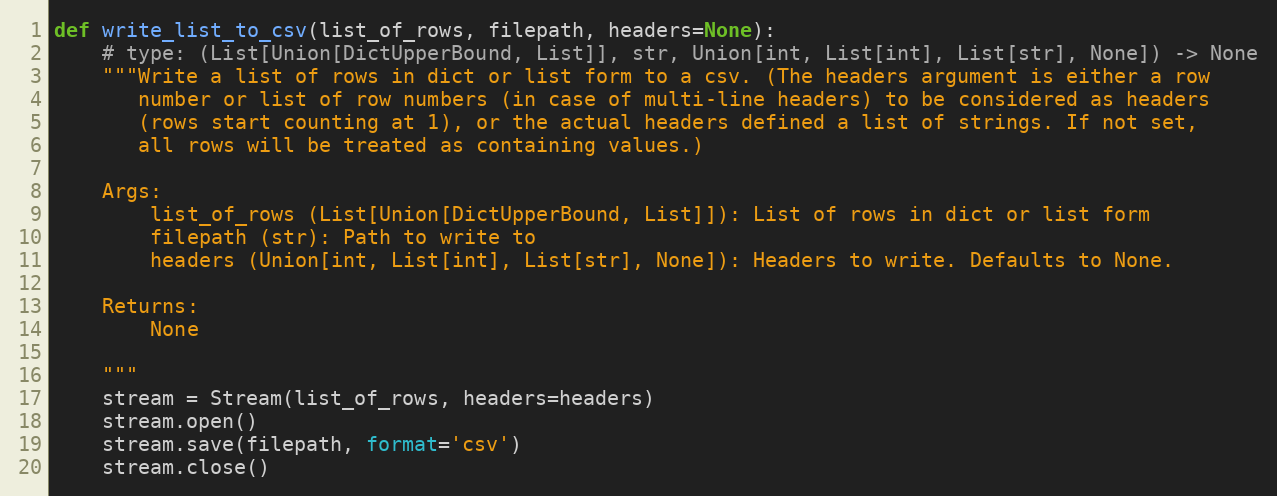
Language: Python
def write_list_to_csv(list_of_rows, filepath, headers=None):
    # type: (List[Union[DictUpperBound, List]], str, Union[int, List[int], List[str], None]) -> None
    """Write a list of rows in dict or list form to a csv. (The headers argument is either a row
       number or list of row numbers (in case of multi-line headers) to be considered as headers
       (rows start counting at 1), or the actual headers defined a list of strings. If not set,
       all rows will be treated as containing values.)

    Args:
        list_of_rows (List[Union[DictUpperBound, List]]): List of rows in dict or list form
        filepath (str): Path to write to
        headers (Union[int, List[int], List[str], None]): Headers to write. Defaults to None.

    Returns:
        None

    """
    stream = Stream(list_of_rows, headers=headers)
    stream.open()
    stream.save(filepath, format='csv')
    stream.close()